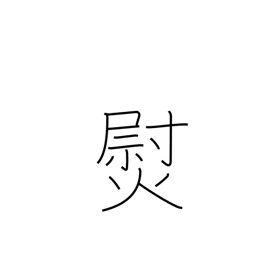
Meaning: smooth out